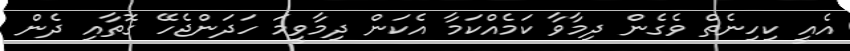
އެއީ ކިހިނެތް ވެގެން ދިމާވާ ކަމެއްކަމާ އެކަން ދިމާވީމަ ހަދަންޖެހޭ ގޮތާއި ދެން